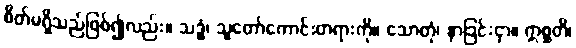
စိတ်မရှိသည်ဖြစ်၍လည်း။ သဒ္ဓံ၊ သူတော်ကောင်းတရားကို။ သောတုံ၊ နာခြင်းငှာ။ ဣစ္ဆတိ၊